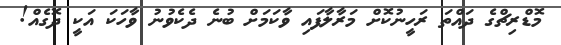
މޮޑްރިޗްގެ ދައްތަ ރަހީނުކޮށް މަރާލާފައި ވާކަމަށް ބުނެ ދެކެވުނު ވާހަކަ އަކީ ދޮގެއް!